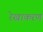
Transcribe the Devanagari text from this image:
रेखाकरण